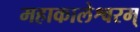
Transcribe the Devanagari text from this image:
महाकालेश्वरम्